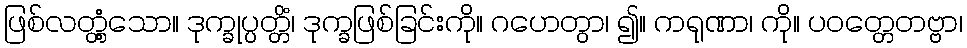
ဖြစ်လတ္တံ့သော။ ဒုက္ခုပ္ပတ္တိံ၊ ဒုက္ခဖြစ်ခြင်းကို။ ဂဟေတွာ၊ ၍။ ကရုဏာ၊ ကို။ ပဝတ္တေတဗ္ဗာ၊